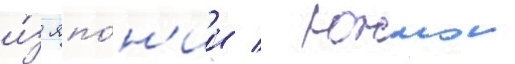
и́з япо́н'ии / южнои